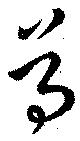
尊